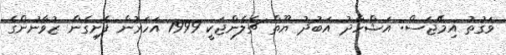
ވަގުތު އިމޭޖަސް: އަޝްހާދު އަބުދު ޔޫތް ޗެލެންޖަކީ 1999 އަހަރުން ފެށިގެން ޒުވާނުންގެ